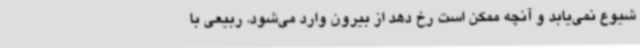
شیوع نمی‌یابد و آنچه ممکن است رخ دهد از بیرون وارد می‌شود. ربیعی با